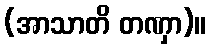
(အာသာတိ တဏှာ)။